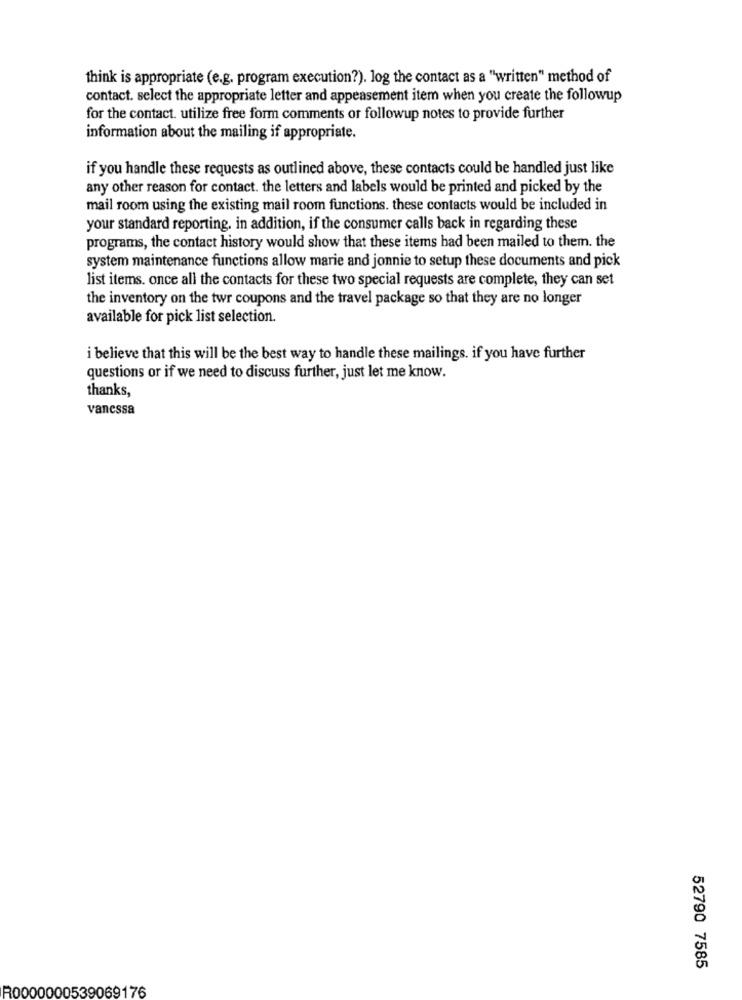
think is appropriate (e.g. program execution?). log the contact as a "written" method of
contact. select the appropriate letter and appeasement item when you create the followup
for the contact. utilize free form comments or followup notes to provide further
information about the mailing if appropriate.
if you handle these requests as outlined above, these contacts could be handled just like
any other reason for contact. the letters and labels would be printed and picked by the
mail room using the existing mail room functions. these contacts would be included in
your standard reporting. in addition, if the consumer calls back in regarding these
programs, the contact history would show that these items had been mailed to them. the
system maintenance functions allow marie and jonnie to setup these documents and pick
list items. once all the contacts for these two special requests are complete, they can set
the inventory on the twr coupons and the travel package so that they are no longer
available for pick list selection.
i believe that this will be the best way to handle these mailings. if you have further
questions or if we need to discuss further, just let me know.
thanks,
vanessa
52790 7585
R0000000539069176